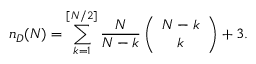
n _ { D } ( N ) = \sum _ { k = 1 } ^ { [ N / 2 ] } \frac { N } { N - k } \left( \begin{array} { c } { { N - k } } \\ { { k } } \end{array} \right) + 3 .